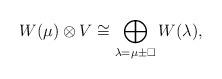
LaTeX: \begin{align*} W(\mu) \otimes V \cong \bigoplus_{\lambda = \mu\pm\square} W(\lambda), \end{align*}